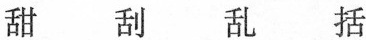
甜 刮 乱 括